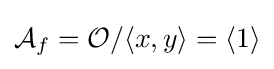
{\mathcal {A}}_{f}={\mathcal {O}}/\langle x,y\rangle =\langle 1\rangle